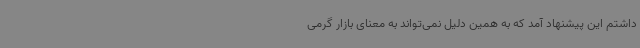
داشتم این پیشنهاد آمد که به همین دلیل نمی‌تواند به معنای بازار گرمی